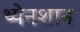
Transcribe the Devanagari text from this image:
थ्येनशान